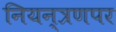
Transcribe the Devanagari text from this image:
नियन्त्रणपर